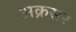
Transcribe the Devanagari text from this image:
अक्रसर